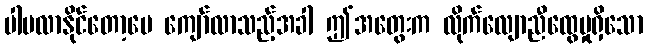
ပါမလာနိုင်တော့ပေ ကျော်လာသည့်အခါ ဤအတွေးက လိုက်လျောညီထွေမှုရှိသော